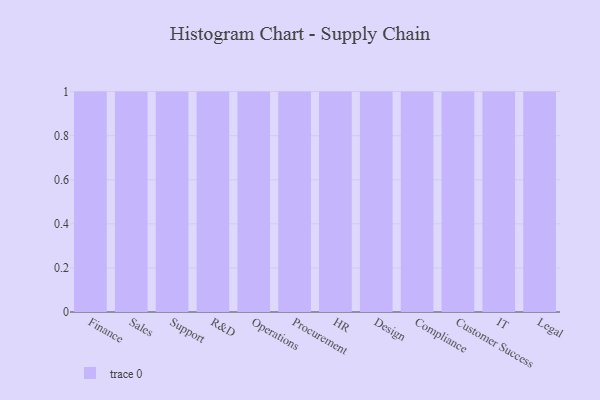
{"axis": {"x": "Department", "y": "Shipments"}, "legend": [""], "data": [{"x": "Finance", "y": 97, "type": ""}, {"x": "Sales", "y": 82, "type": ""}, {"x": "Support", "y": 96, "type": ""}, {"x": "R&D", "y": 73, "type": ""}, {"x": "Operations", "y": 23, "type": ""}, {"x": "Procurement", "y": 9, "type": ""}, {"x": "HR", "y": 82, "type": ""}, {"x": "Design", "y": 11, "type": ""}, {"x": "Compliance", "y": 76, "type": ""}, {"x": "Customer Success", "y": 5, "type": ""}, {"x": "IT", "y": 86, "type": ""}, {"x": "Legal", "y": 19, "type": ""}]}